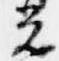
光